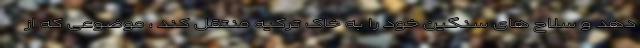
دهد و سلاح های سنگین خود را به خاک ترکیه منتقل کند ، موضوعی که از